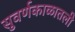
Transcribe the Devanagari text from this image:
सुवर्णकाळातली